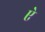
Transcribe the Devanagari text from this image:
एे